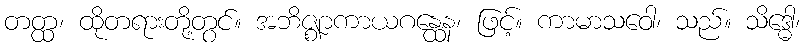
တတ္ထ၊ ထိုတရားတို့တွင်။ အဘိဇ္ဈာကာယဂန္ထေန၊ ဖြင့်။ ကာမာသဝေါ၊ သည်။ သိဒ္ဓေါ၊